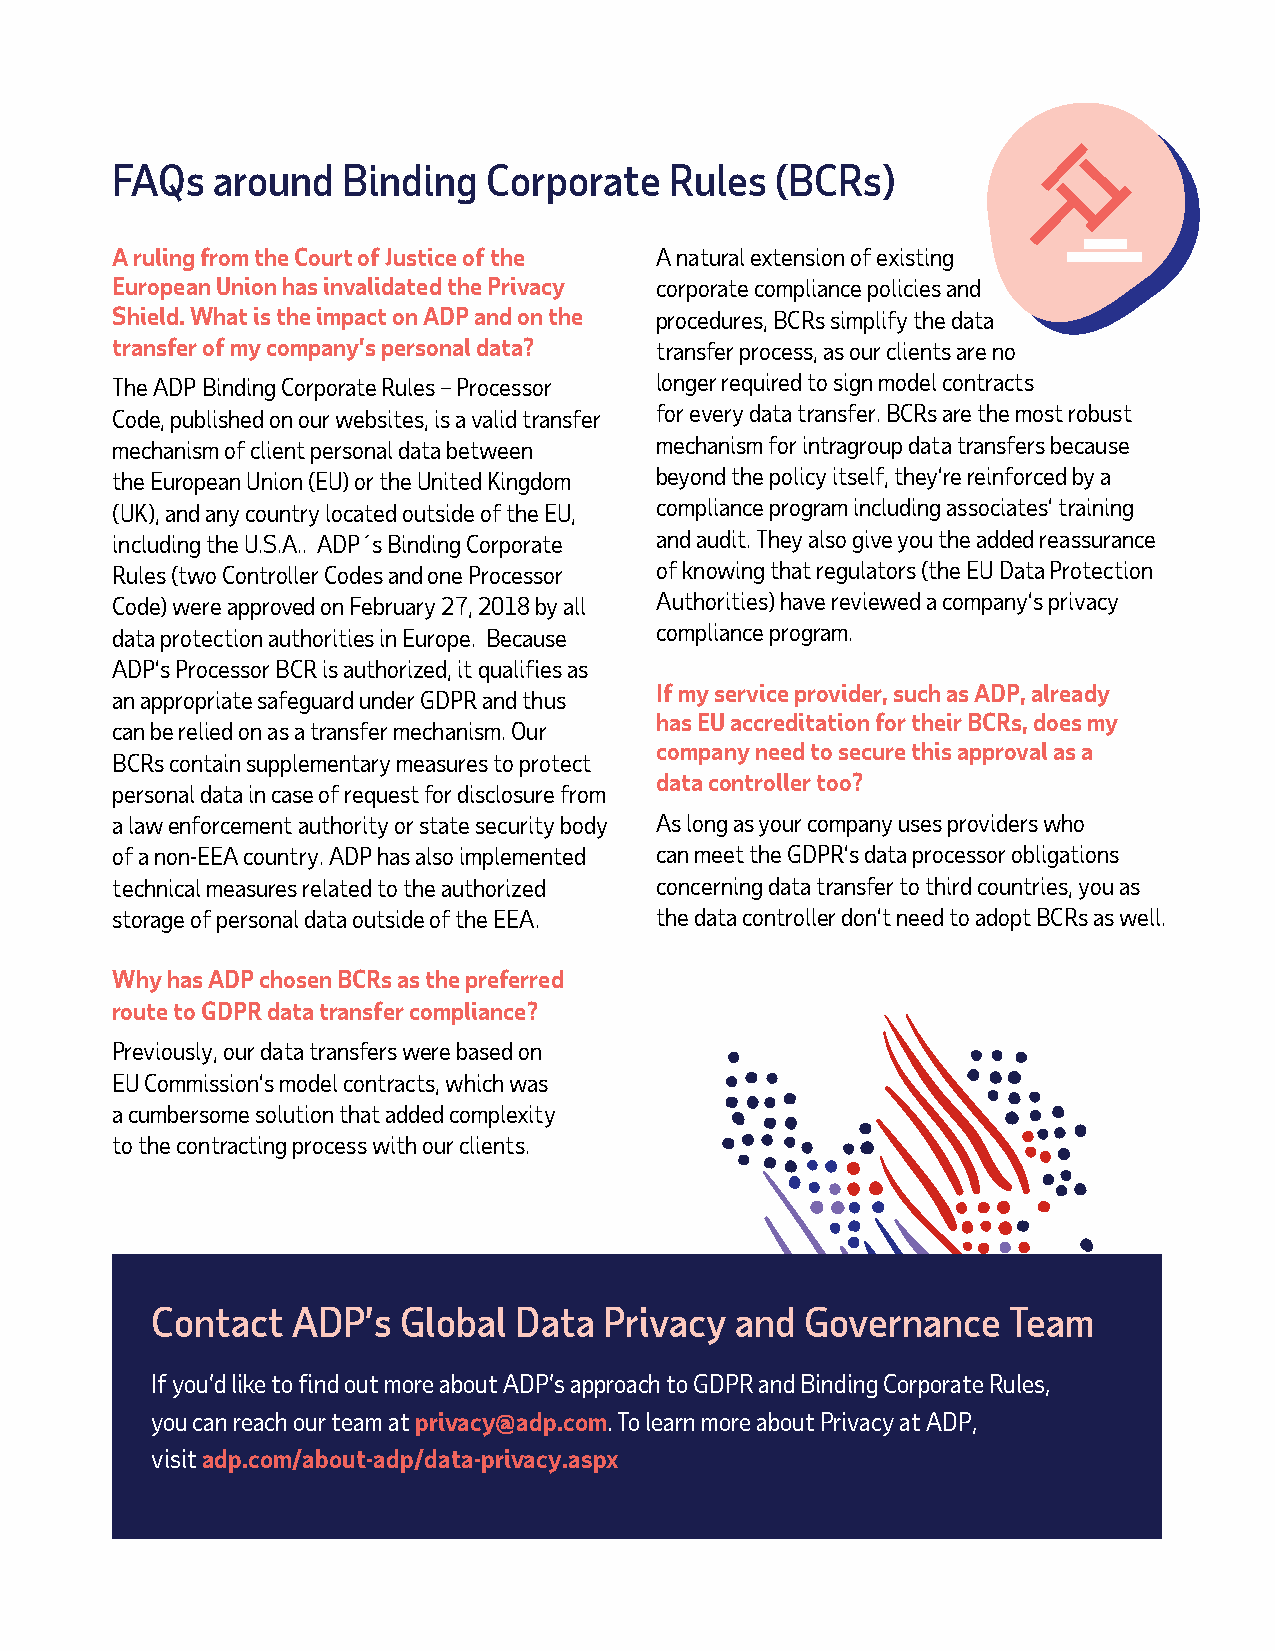
FAQs   around   Binding  Corporate   Rules  (BCRs)
 A ruling from the Court of Justice of the A natural extension of existing
 European Union has invalidated the Privacy corporate compliance policies and
 Shield. What is the impact on ADP and on the procedures, BCRs simplify the data
 transfer of my company’s personal data? transfer process, as our clients are no
 The ADP Binding Corporate Rules – Processor longer required to sign model contracts
 Code, published on our websites, is a valid transfer for every data transfer. BCRs are the most robust
 mechanism of client personal data between mechanism for intragroup data transfers because
 the European Union (EU) or the United Kingdom beyond the policy itself, they’re reinforced by a
 (UK), and any country located outside of the EU, compliance program including associates’ training
 including the U.S.A.. ADP´s Binding Corporate and audit. They also give you the added reassurance
 Rules (two Controller Codes and one Processor of knowing that regulators (the EU Data Protection
 Code) were approved on February 27, 2018 by all Authorities) have reviewed a company’s privacy
 data protection authorities in Europe. Because compliance program.
 ADP’s Processor BCR is authorized, it qualifies as
 If my service provider, such as ADP, already
 an appropriate safeguard under GDPR and thus
 has EU accreditation for their BCRs, does my
 can be relied on as a transfer mechanism. Our
 company need to secure this approval as a
 BCRs contain supplementary measures to protect
 data controller too?
 personal data in case of request for disclosure from
 a law enforcement authority or state security body As long as your company uses providers who
 of a non-EEA country. ADP has also implemented can meet the GDPR’s data processor obligations
 technical measures related to the authorized concerning data transfer to third countries, you as
 storage of personal data outside of the EEA. the data controller don’t need to adopt BCRs as well.
 Purple
 Why has ADP chosen BCRs as the preferred
 route to GDPR data transfer compliance?
 Previously, our data transfers were based on
 EU Commission’s model contracts, which was
 a cumbersome solution that added complexity
 to the contracting process with our clients.
 Contact  ADP’s   Global Data  Privacy  and Governance    Team
 If you’d like to find out more about ADP’s approach to GDPR and Binding Corporate Rules,
 you can reach our team at privacy@adp.com. To learn more about Privacy at ADP,
 visit adp.com/about-adp/data-privacy.aspx